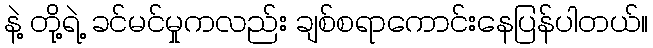
နဲ့ တို့ရဲ့ ခင်မင်မှုကလည်း ချစ်စရာကောင်းနေပြန်ပါတယ်။